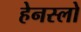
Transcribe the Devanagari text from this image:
हेनस्लो